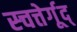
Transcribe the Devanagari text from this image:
स्चत्तेर्गूद्